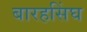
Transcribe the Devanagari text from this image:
बारहसिंघ